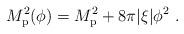
LaTeX: \begin{align*}M_{\rm p}^2(\phi) = M_{\rm p}^2 + 8\pi|\xi|\phi^2 \ .\end{align*}